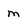
Character: m